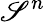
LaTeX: \mathscr{S}^{n}